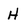
Character: H